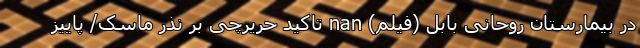
در بیمارستان روحانی بابل (فیلم) nan تاکید حریرچی بر نذر ماسک/ پاییز